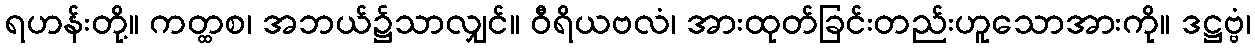
ရဟန်းတို့။ ကတ္ထစ၊ အဘယ်၌သာလျှင်။ ဝီရိယဗလံ၊ အားထုတ်ခြင်းတည်းဟူသောအားကို။ ဒဋ္ဌဗ္ဗံ၊